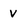
Character: v